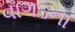
વાગડના